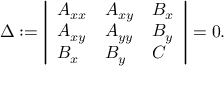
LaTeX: \Delta : = { \left| \begin{array} { l l l } { A _ { x x } } & { A _ { x y } } & { B _ { x } } \\ { A _ { x y } } & { A _ { y y } } & { B _ { y } } \\ { B _ { x } } & { B _ { y } } & { C } \end{array} \right| } = 0 .